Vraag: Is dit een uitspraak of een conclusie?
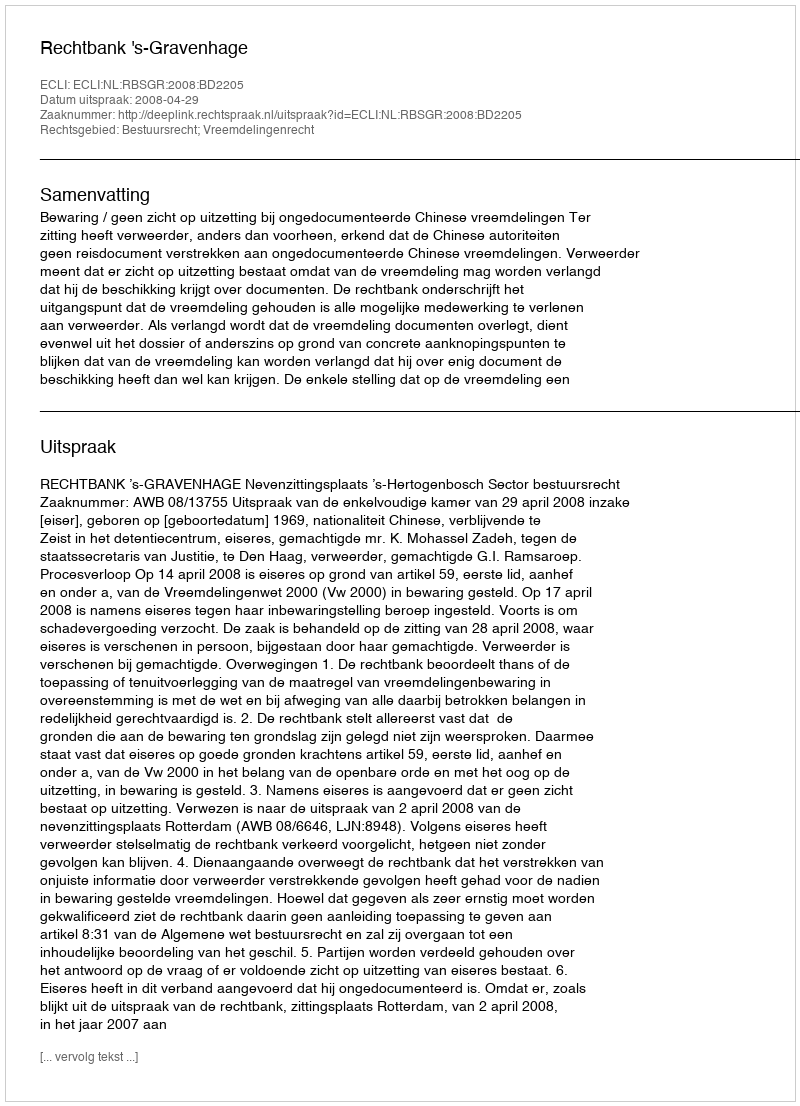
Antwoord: Uitspraak